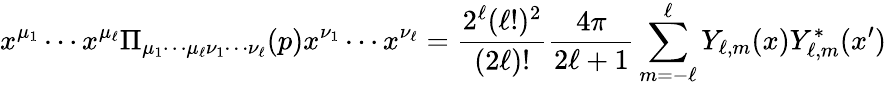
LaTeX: x^{\mu_{1}}\cdots x^{\mu_{\ell}}\Pi_{\mu_{1}\cdots\mu_{\ell}\nu_{1}\cdots\nu_{\ell}}(p)x^{\nu_{1}}\cdots x^{\nu_{\ell}}={\frac{2^{\ell}(\ell!)^{2}}{(2\ell)!}}{\frac{4\pi}{2\ell+1}}\sum_{m=-\ell}^{\ell}Y_{\ell,m}(x)Y_{\ell,m}^{*}(x^{\prime})